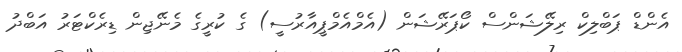
އެންޑް ޕަބްލިކް ރިލޭޝަންސް ކޯޕަރޭޝަން (އެމްއެމްޕީއާރުސީ) ގެ ކުރީގެ މެނޭޖިން ޑިރެކްޓަރު އަބްދު